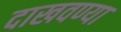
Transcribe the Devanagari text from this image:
दाखवण्या